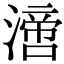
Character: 𣾪